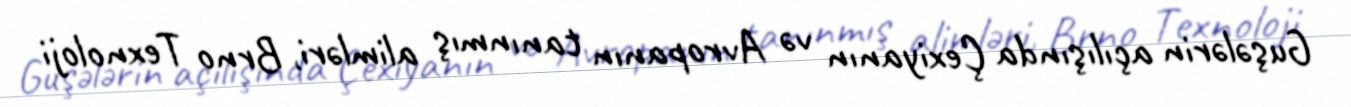
Guşələrin açılışında Çexiyanın və Avropanın tanınmış alimləri, Brno Texnoloji